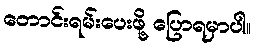
တောင်းရမ်းပေးဖို့ ပြောရမှာပါ။